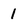
Character: 1